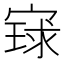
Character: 𫳰